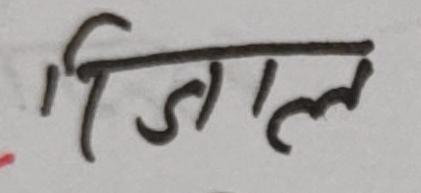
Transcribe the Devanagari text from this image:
जिल्ला